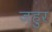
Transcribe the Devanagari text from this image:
ज़हुर